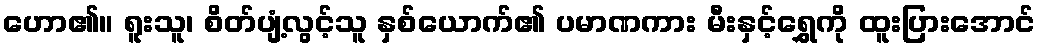
ဟော၏။ ရူးသူ၊ စိတ်ပျံ့လွင့်သူ နှစ်ယောက်၏ ပမာဏကား မီးနှင့်ရွှေကို ထူးပြားအောင်